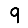
Digit: 9